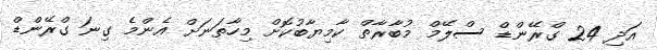
އަދި 24 ގްރޭންޑް ސްލޭމް މުބާރާތް ކާމިޔާބުކޮށް މިހާތަނަށް އެންމެ ގިނަ ގްރޭންޑް